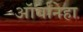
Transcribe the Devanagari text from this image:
ऑर्बानेहा